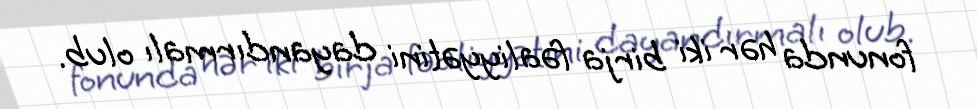
fonunda hər iki birja fəaliyyətini dayandırmalı olub.